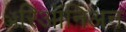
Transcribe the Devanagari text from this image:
ॲरिऑनिअन